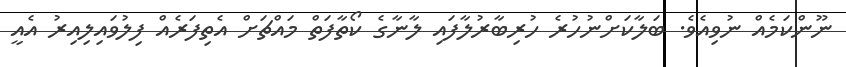
ނޫންކަމެއް ނުވިއެވެ. ބަލާކަށްނުހުރެ ހުރިބާރުލާފައި ލާނާގެ ކޯތާފަތް މައްޗަށް އެތިފަރެއް ފިލުވައިލިއިރު އެއީ